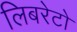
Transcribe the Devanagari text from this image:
लिबरेटो